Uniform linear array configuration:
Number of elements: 48
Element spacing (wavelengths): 0.75
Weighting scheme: binomial
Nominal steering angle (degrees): -45
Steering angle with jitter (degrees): -45.107
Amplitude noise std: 0.05
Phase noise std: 0.05

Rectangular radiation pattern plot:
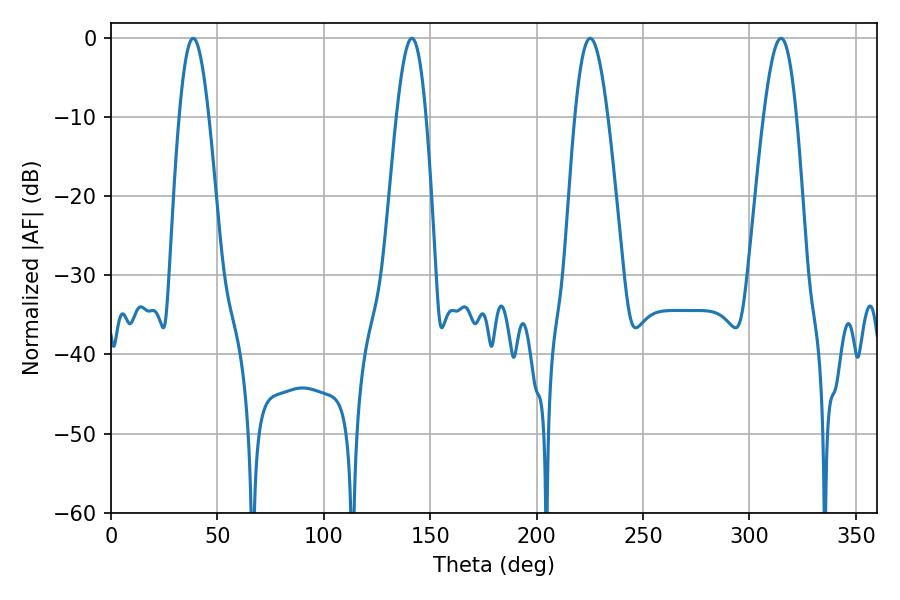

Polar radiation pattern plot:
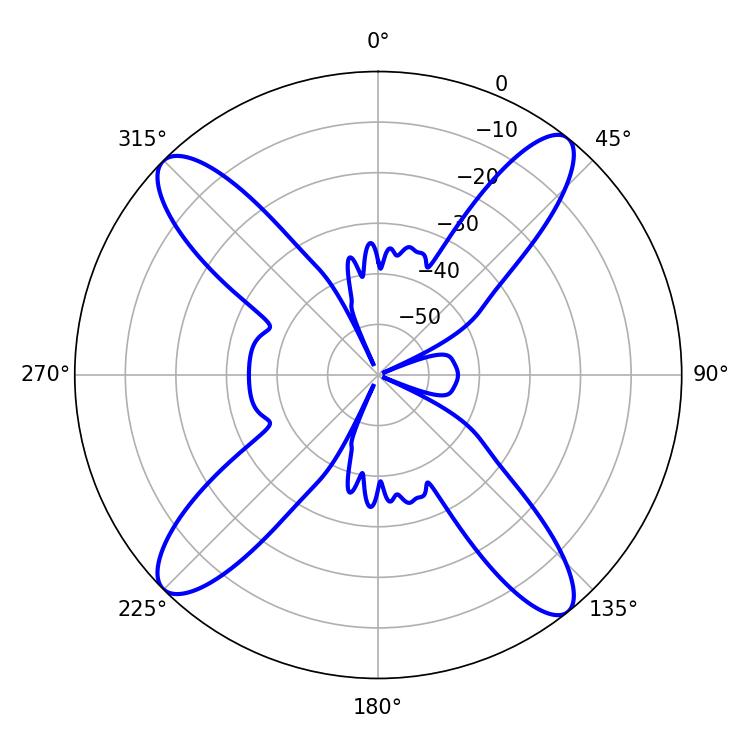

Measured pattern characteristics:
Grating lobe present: TRUE
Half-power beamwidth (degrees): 8.28
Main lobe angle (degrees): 314.82